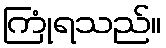
ကြုံရသည်။